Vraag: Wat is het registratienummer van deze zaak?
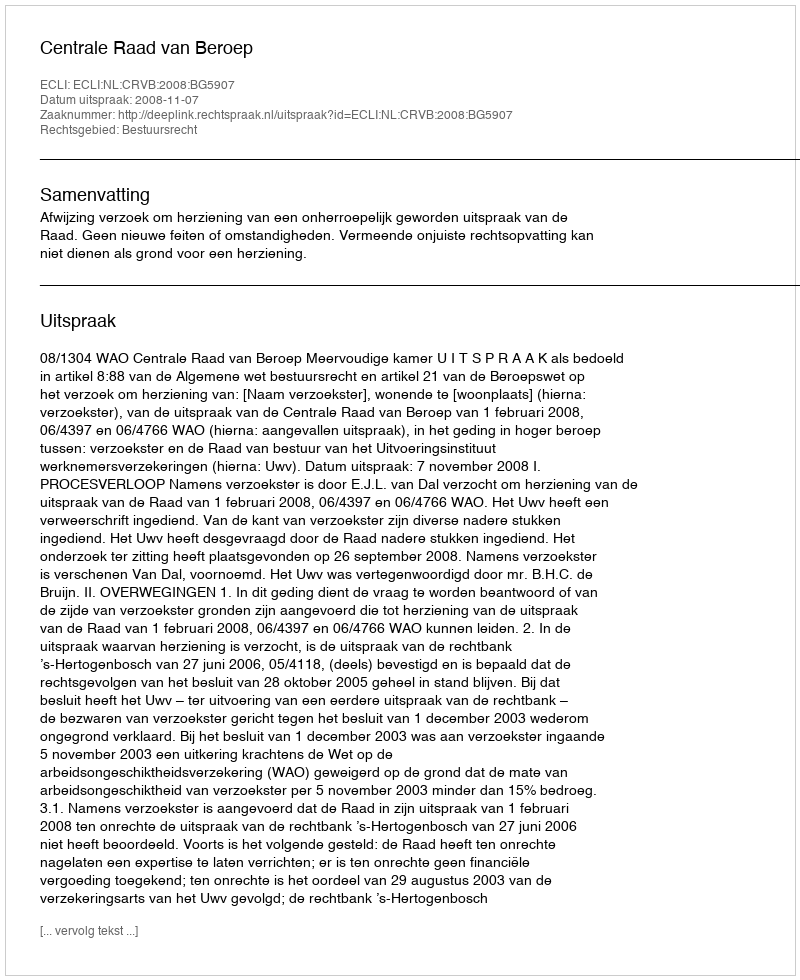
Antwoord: http://deeplink.rechtspraak.nl/uitspraak?id=ECLI:NL:CRVB:2008:BG5907